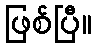
ဖြစ်ပြီ။